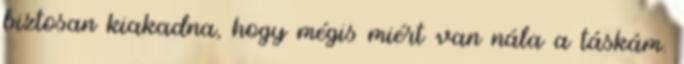
biztosan kiakadna, hogy mégis miért van nála a táskám.